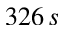
3 2 6 \, s